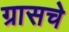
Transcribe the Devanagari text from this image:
ग्रासचे